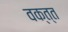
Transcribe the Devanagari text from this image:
वक्त्त